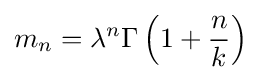
m_{n}=\lambda ^{n}\Gamma \left(1+{\frac {n}{k}}\right)